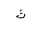
Letter: _tha